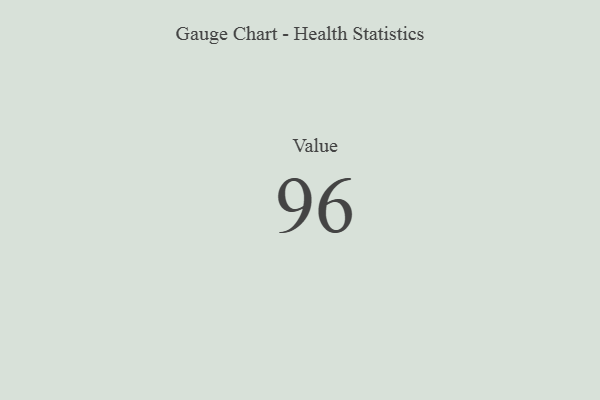
{"axis": {"x": "Metric", "y": "Value"}, "legend": [""], "data": [{"x": "Value", "y": 96, "type": ""}]}